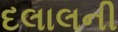
દલાલની